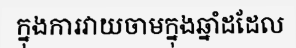
ក្នុងការវាយចាមក្នុងឆ្នាំដដែល